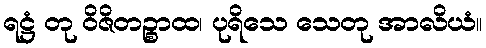
ရဋ္ဌံ တု ဝိဇိတဉ္စာထ၊ ပုရိသေ သေတု အာလိယံ။